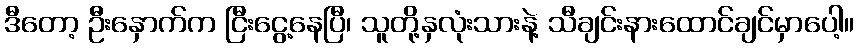
ဒီတော့ ဦးနှောက်က ငြီးငွေ့နေပြီ၊ သူတို့နှလုံးသားနဲ့ သီချင်းနားထောင်ချင်မှာပေါ့။